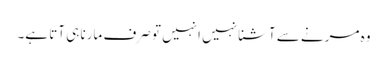
وہ مرنے سے آشنا نہیں انہیں تو صرف مارنا ہی آتا ہے۔